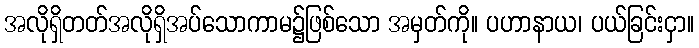
အလိုရှိတတ်အလိုရှိအပ်သောကာမ၌ဖြစ်သော အမှတ်ကို။ ပဟာနာယ၊ ပယ်ခြင်းငှာ။